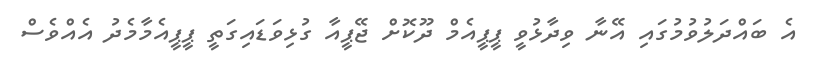
އެ ބައްދަލުވުމުގައި އޭނާ ވިދާޅުވީ ޕީޕީއެމް ދޫކޮށް ޖޭޕީއާ ގުޅިވަޑައިގަތީ ޕީޕީއެމާމެދު އެއްވެސް